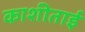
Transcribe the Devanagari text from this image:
काशीताई